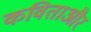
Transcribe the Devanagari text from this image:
कविताऔर